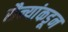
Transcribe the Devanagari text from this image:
सैन्यांकडून